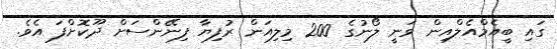
ގައި ބީއެމްއެލްއިން ވަނީ ލޯނުގެ 200 މިލިއަން ރުފިޔާ ފިނޭންސަށް ދޫކޮށްފަ އެވެ.